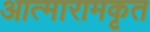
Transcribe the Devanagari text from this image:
आत्मारामकृत